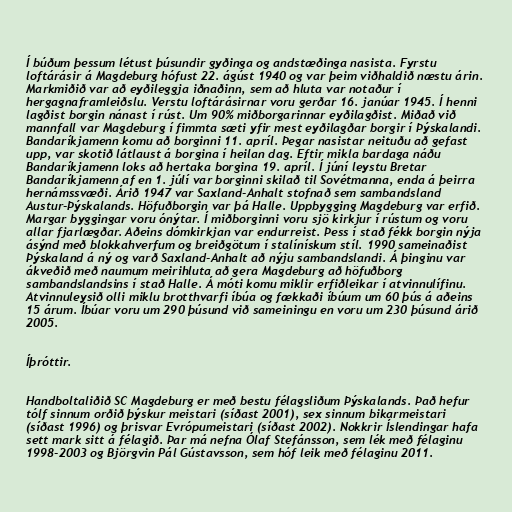
Í búðum þessum létust þúsundir gyðinga og andstæðinga nasista. Fyrstu
loftárásir á Magdeburg hófust 22. ágúst 1940 og var þeim viðhaldið næstu árin.
Markmiðið var að eyðileggja iðnaðinn, sem að hluta var notaður í
hergagnaframleiðslu. Verstu loftárásirnar voru gerðar 16. janúar 1945. Í henni
lagðist borgin nánast í rúst. Um 90% miðborgarinnar eyðilagðist. Miðað við
mannfall var Magdeburg í fimmta sæti yfir mest eyðilagðar borgir í Þýskalandi.
Bandaríkjamenn komu að borginni 11. apríl. Þegar nasistar neituðu að gefast
upp, var skotið látlaust á borgina í heilan dag. Eftir mikla bardaga náðu
Bandaríkjamenn loks að hertaka borgina 19. apríl. Í júní leystu Bretar
Bandaríkjamenn af en 1. júlí var borginni skilað til Sovétmanna, enda á þeirra
hernámssvæði. Árið 1947 var Saxland-Anhalt stofnað sem sambandsland
Austur-Þýskalands. Höfuðborgin var þá Halle. Uppbygging Magdeburg var erfið.
Margar byggingar voru ónýtar. Í miðborginni voru sjö kirkjur í rústum og voru
allar fjarlægðar. Aðeins dómkirkjan var endurreist. Þess í stað fékk borgin nýja
ásýnd með blokkahverfum og breiðgötum í stalínískum stíl. 1990 sameinaðist
Þýskaland á ný og varð Saxland-Anhalt að nýju sambandslandi. Á þinginu var
ákveðið með naumum meirihluta að gera Magdeburg að höfuðborg
sambandslandsins í stað Halle. Á móti komu miklir erfiðleikar í atvinnulífinu.
Atvinnuleysið olli miklu brotthvarfi íbúa og fækkaði íbúum um 60 þús á aðeins
15 árum. Íbúar voru um 290 þúsund við sameiningu en voru um 230 þúsund árið
2005.

Íþróttir.

Handboltaliðið SC Magdeburg er með bestu félagsliðum Þýskalands. Það hefur
tólf sinnum orðið þýskur meistari (síðast 2001), sex sinnum bikarmeistari
(síðast 1996) og þrisvar Evrópumeistari (síðast 2002). Nokkrir Íslendingar hafa
sett mark sitt á félagið. Þar má nefna Ólaf Stefánsson, sem lék með félaginu
1998-2003 og Björgvin Pál Gústavsson, sem hóf leik með félaginu 2011.